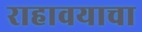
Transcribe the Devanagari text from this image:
राहावयाचा